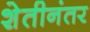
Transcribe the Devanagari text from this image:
शेतीनंतर